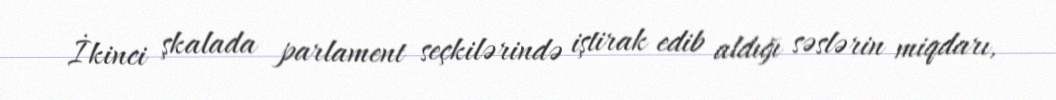
İkinci şkalada parlament seçkilərində iştirak edib aldığı səslərin miqdarı,